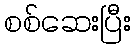
စစ်ဆေးပြီး